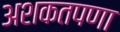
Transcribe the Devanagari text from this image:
अशकतपणा